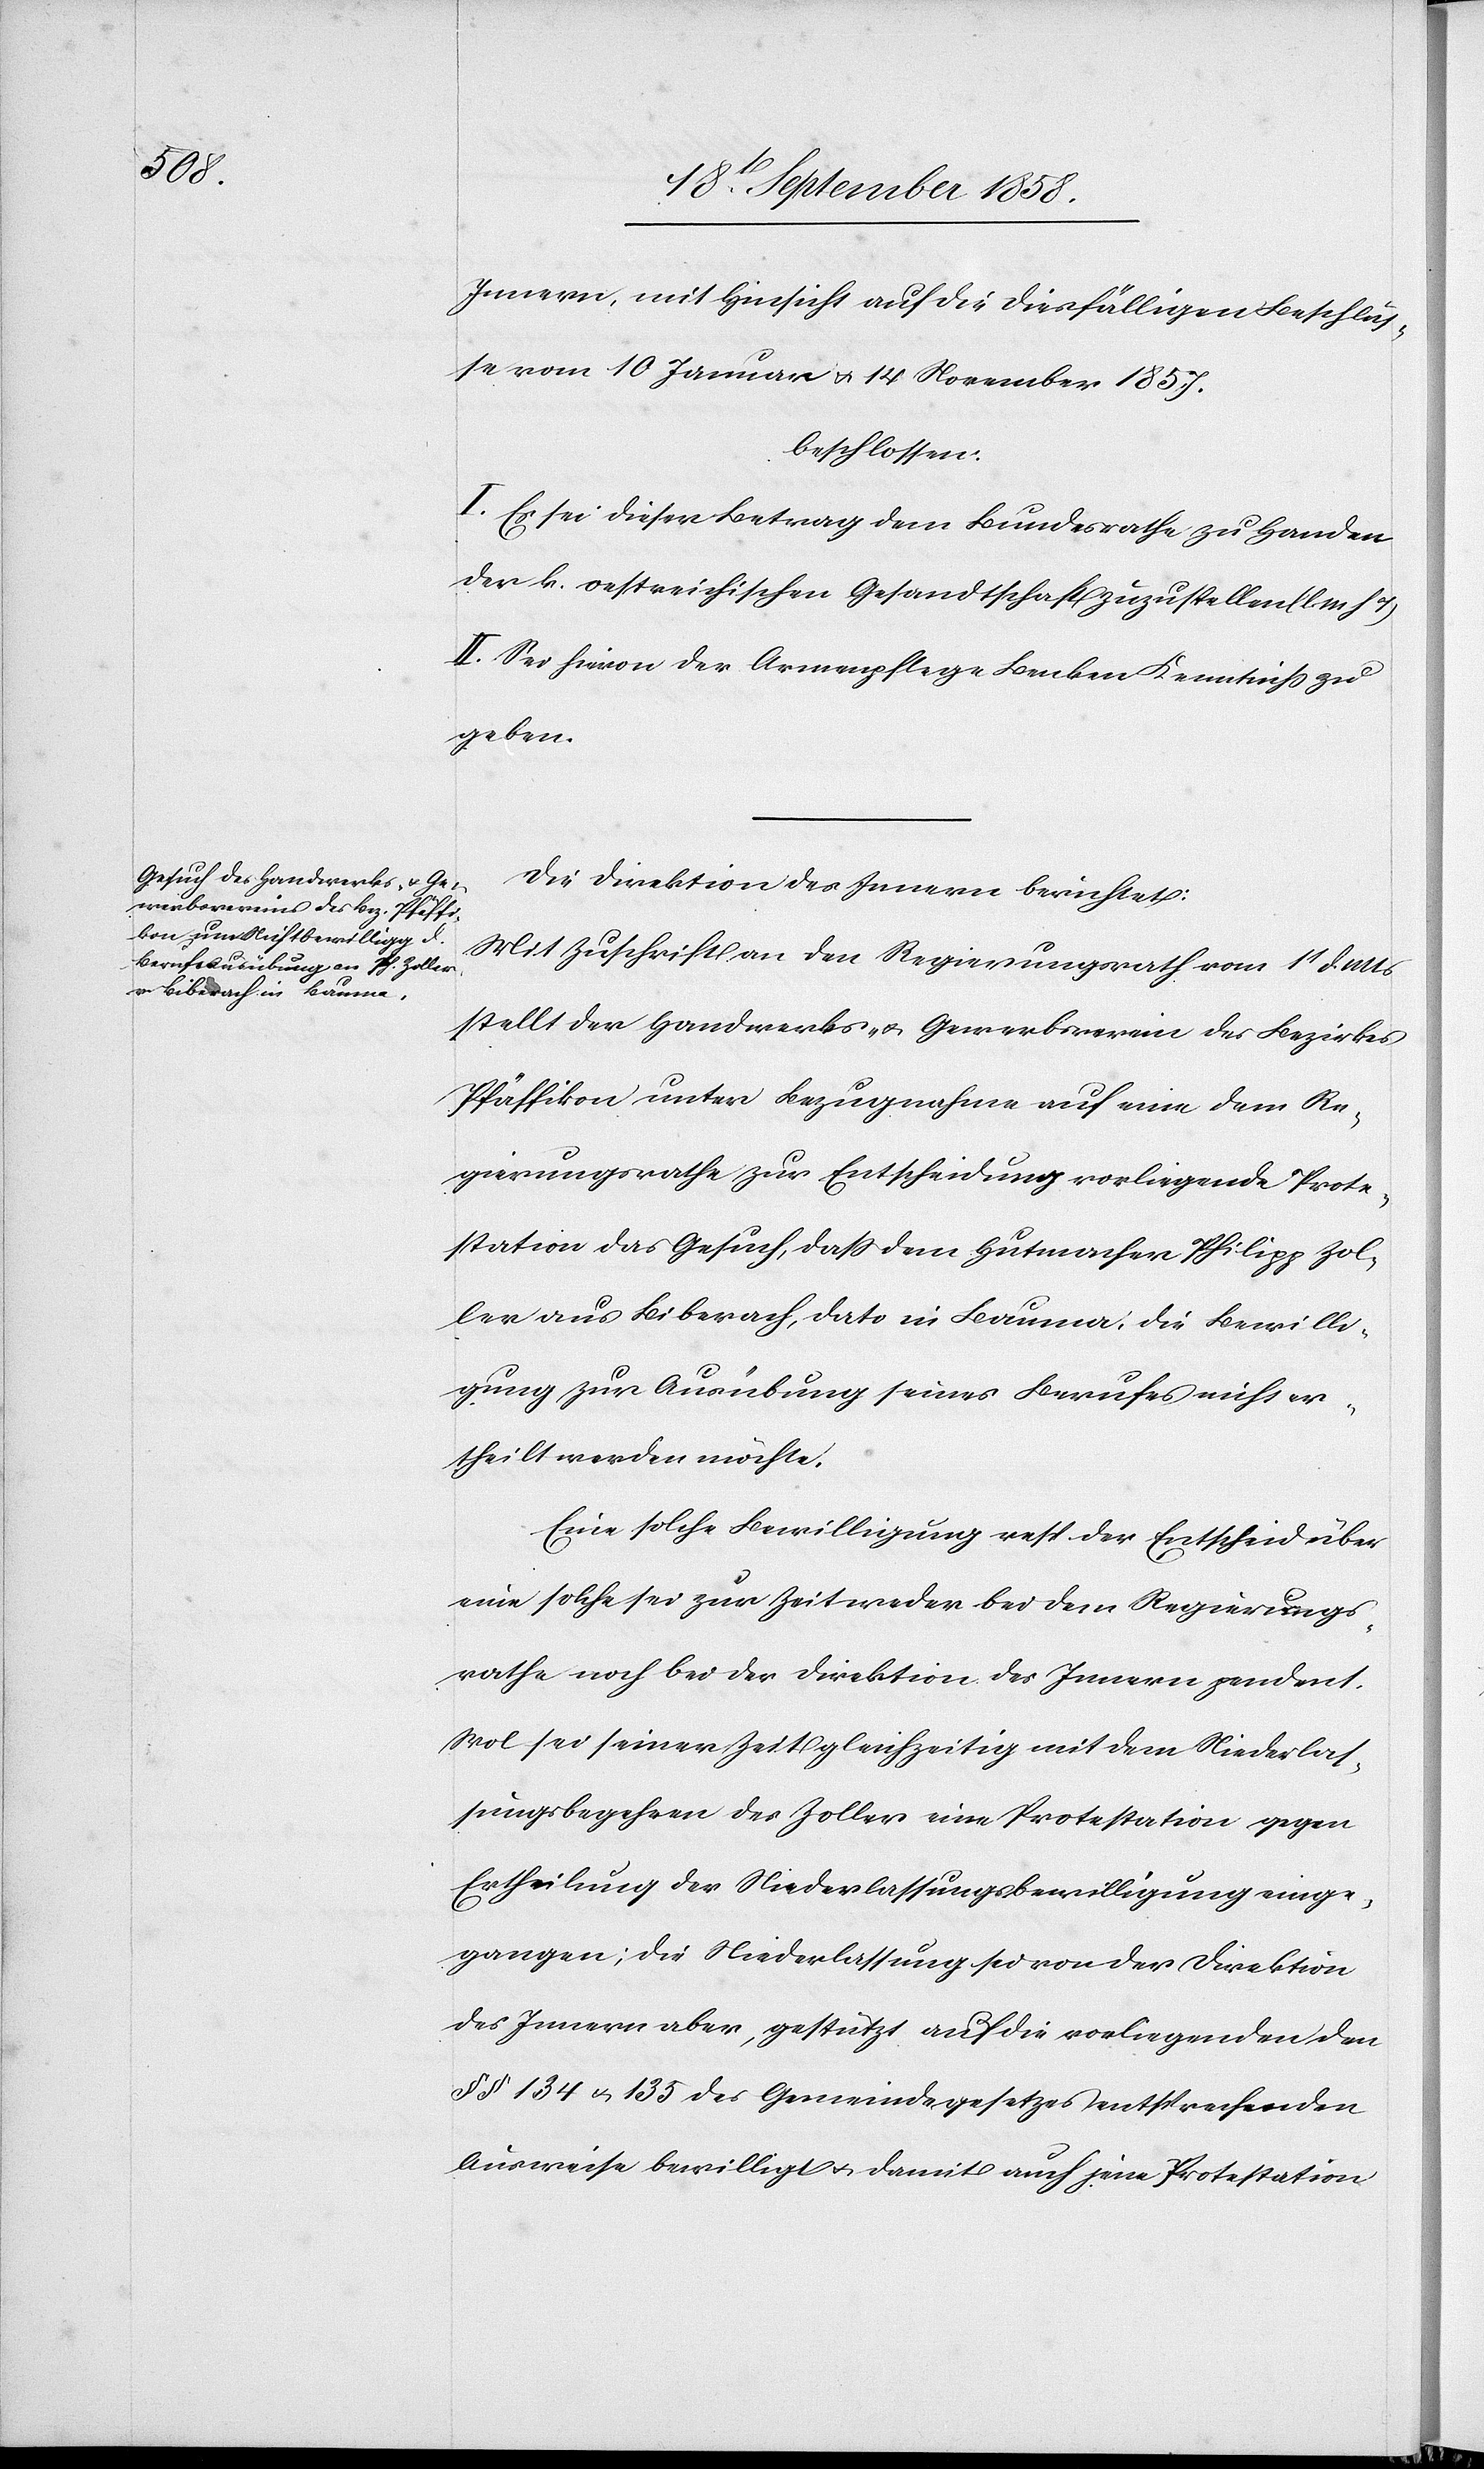
Innern, mit Hinsicht auf die diesfälligen Beschlüs¬
se vom 10 Januar & 14 November 1857.
beschlossen:
I. Es sei dieser Betrag dem Bundesrathe zu Handen
der k. oestreichischen Gesandtschaft zuzustellen (l. M.
II. Sei hievon der Armenpflege Benken Kenntniss zu
geben.
Die Direktion des Innern berichtet:
Mit Zuschrift an den Regierungsrath vom 1t d. Mts
stellt der Handwerks- & Gewerbsverein des Bezirkes
Pfäffikon unter Bezugnahme auf eine dem Re¬
gierungsrathe zur Entscheidung vorliegende Prote¬
station das Gesuch, dass dem Hutmacher Philipp Zol¬
ler aus Biberach, dato in Bauma, die Bewilli¬
gung zur Ausübung seines Berufes nicht er¬
theilt werden möchte.
Eine solche Bewilligung resp. der Entscheid über
eine solche sei zur Zeit weder bei dem Regierungs¬
rathe noch bei der Direktion des Innern pendent.
Wol sei seiner Zeit gleichzeitig mit dem Niederlas¬
sungsbegehren des Zoller eine Protestation gegen
Ertheilung der Niederlassungsbewilligung einge¬
gangen; die Niederlassung sei von der Direktion
des Innern aber, gestützt auf die vorliegenden den
§§ 134 & 135 des Gemeindegesetzes entsprechenden
Ausweise bewilligt & damit auch jene Protestation